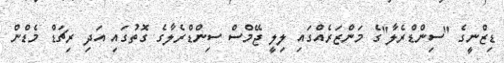
ޑިޒްނީގެ "ސިންޑްރެލާ"ގެ މަންޒަރެއްގައި ލިލީ ޖޭމްސް ސިންޑްރެލާގެ ގޮތުގައި އަދި ރިޗަޑް މެޑްން